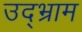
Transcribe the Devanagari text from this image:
उद्भ्राम